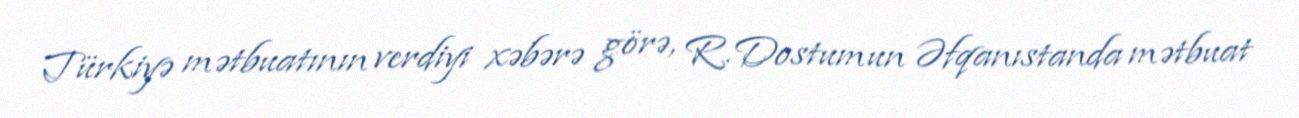
Türkiyə mətbuatının verdiyi xəbərə görə, R.Dostumun Əfqanıstanda mətbuat